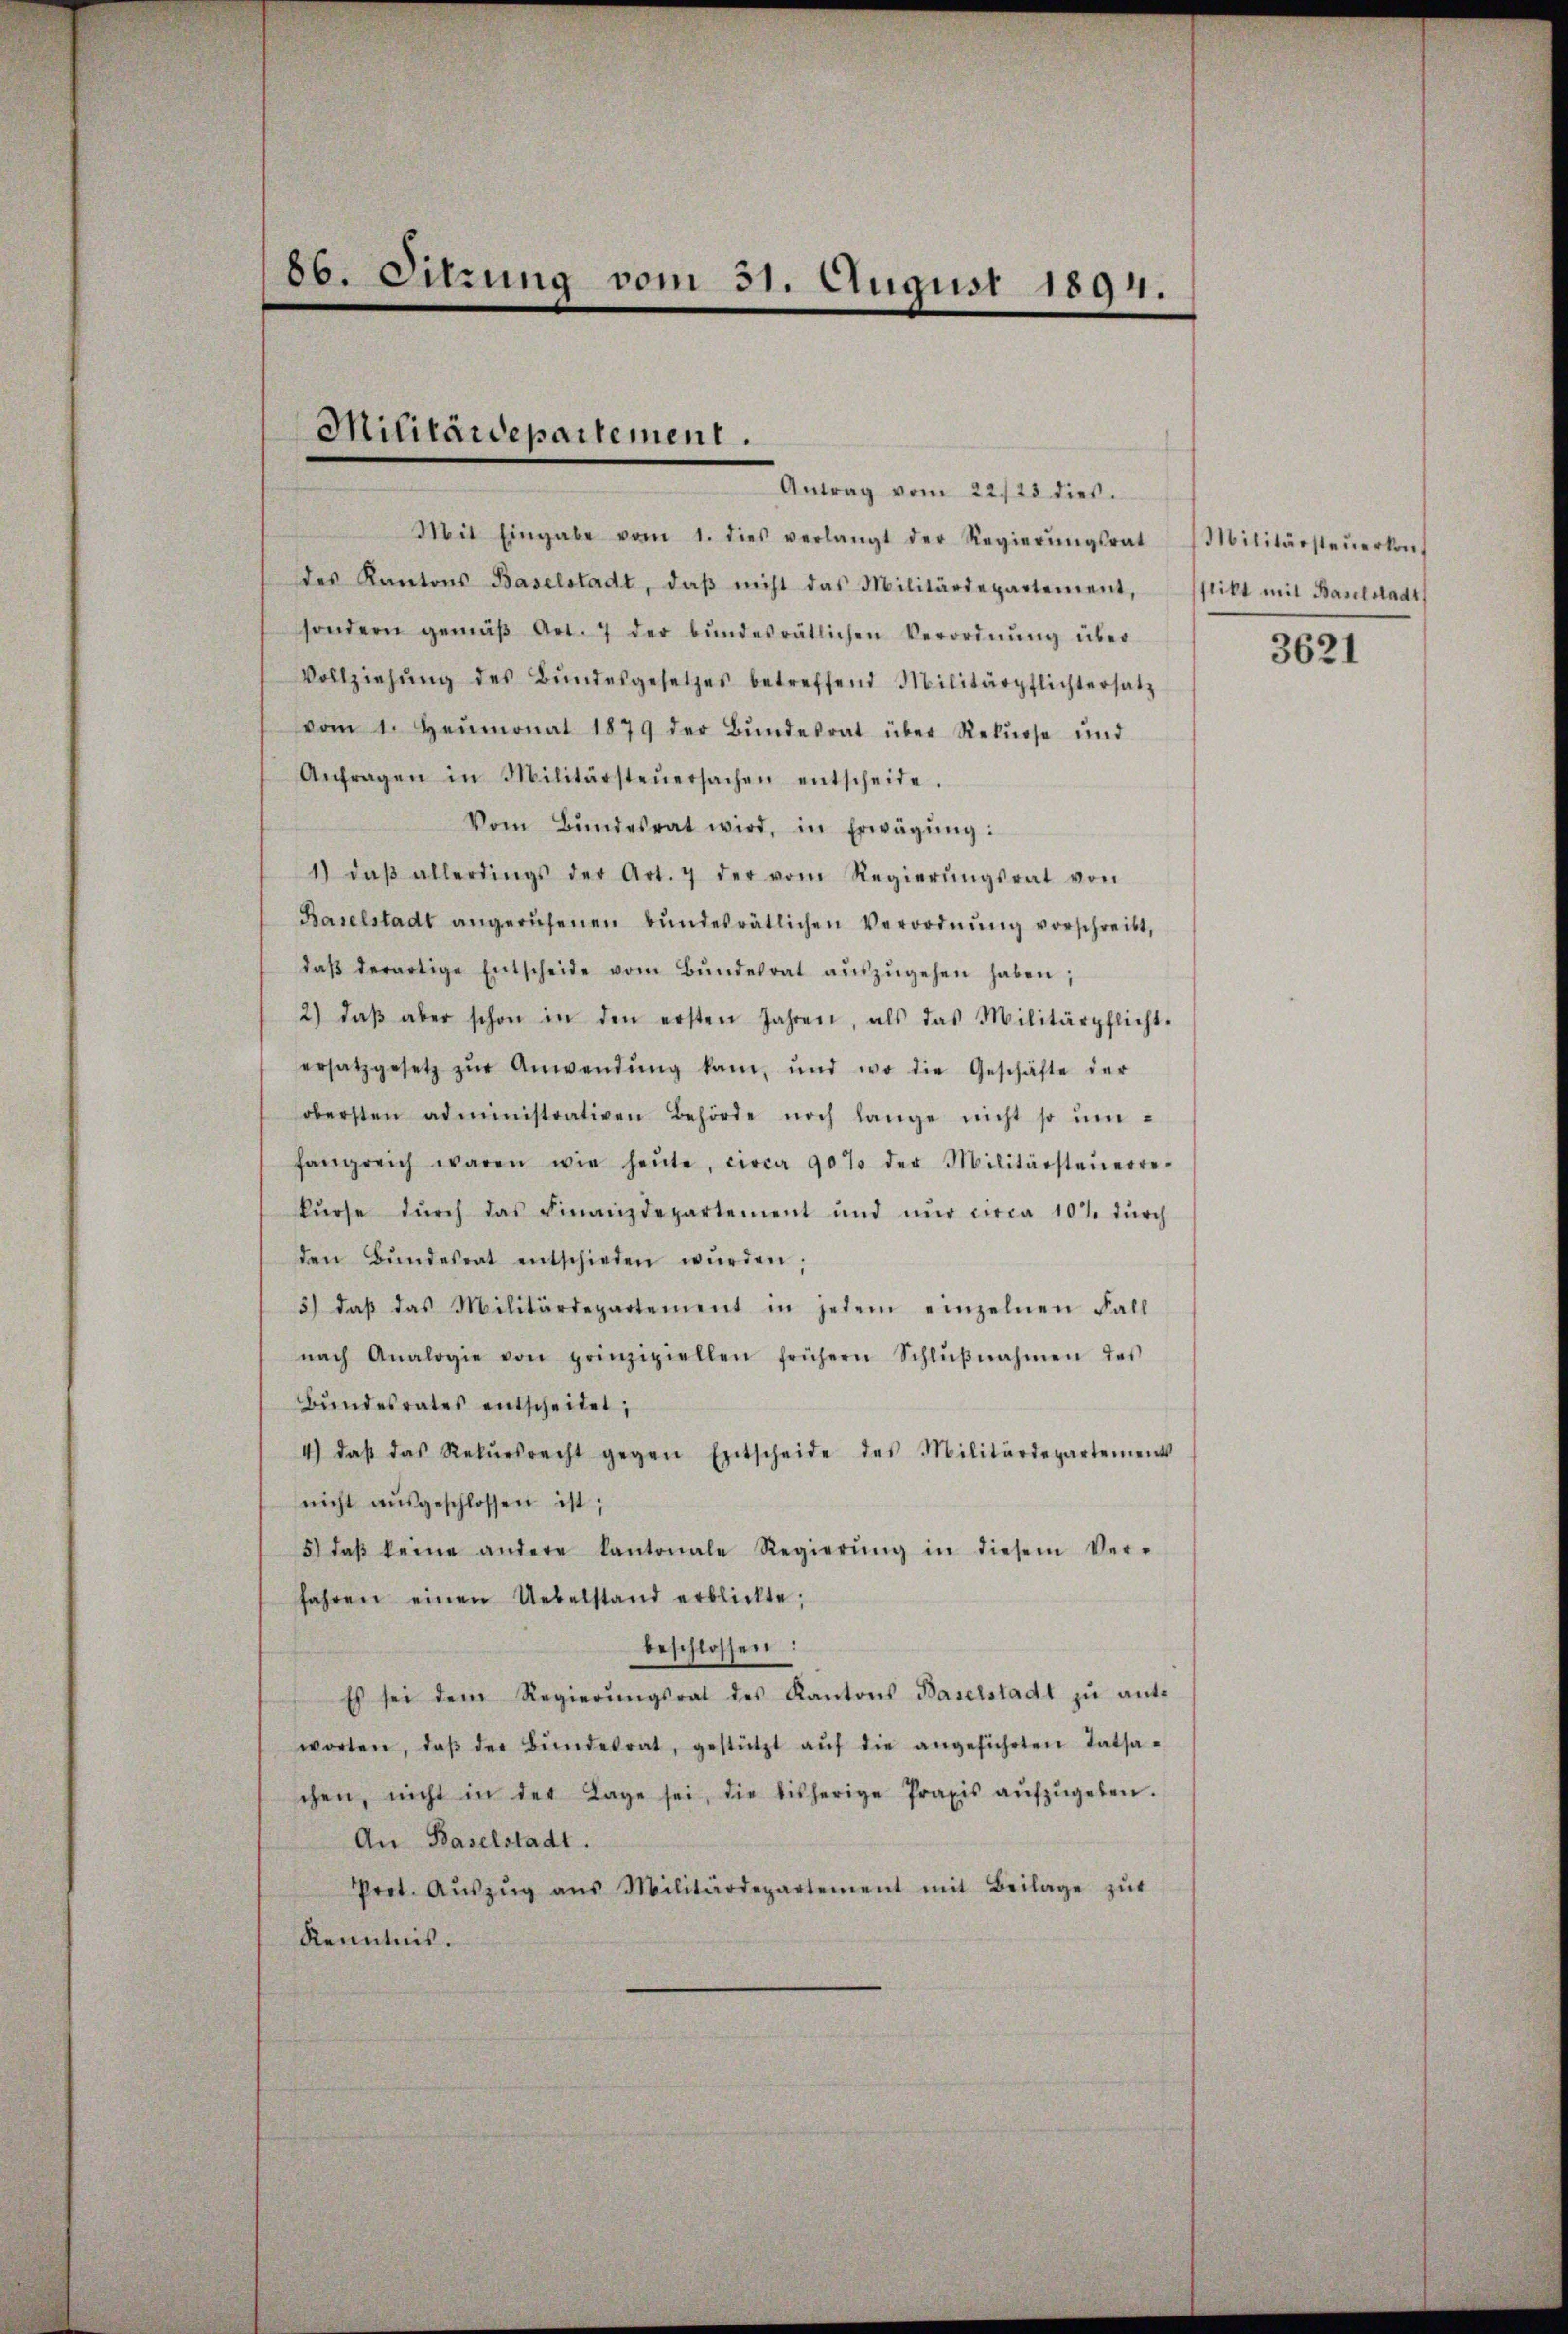
Antrag vom 22./23. dies.
Mit Eingabe vom 1. dies verlangt der Regierŭngsrat Militärsteŭerkont
des Kantons Baselstadt, daβ nicht das Militärdepartement, Pflikt mit Baselstadt
sondern gemäβ Art. 7 der bŭndesrätlichen Verordnŭng über
Vollziehŭng des Bŭndesgesetzes betreffend Militärpflichtersatz
vom 1. Heumonat 1879 der Bŭndesrat über Rekurse und
Anfragen in Militärsteŭersachen entscheite.
Vom Bŭndesrat wird, in Erwägŭng:
1) daβ allerdings der Art. 7 der vom Regierŭngsrat von
Baselstadt angerŭfenen Bŭndesrätlichen Verordnŭng vorschreibt,
daβ derartige Entscheide vom Bŭndesrat aŭszŭgehen haben;
2) daβ aber schon in den ersten Jahren, als das Militärpflicht-
ersatzgesetz zŭr Anwendŭng kam, und wo die Geschäfte der
obersten administrativen Behörde noch lange nicht so um-
fangreich waren wie heŭte, circa 90% der Militärsteŭerre-
kŭrse dŭrch das Finanzdepartement und nŭr circa 10% dŭrch
den Bŭndesrat entschieden würden.
3) daβ das Militärdepartement in jedem einzelnen Fall
nach Analogie von prinzipiellen frühern Schlŭβnahmen des
Bŭndesrates entscheidet;
4) daß das Rekŭrsrecht gegen Entscheide des Militärdepartement
nicht aŭsgeschlossen ist;
5) daß keine andere Kantonale Regierŭng in diesem Ver-
fahren einen Uebelstand erblickte,
beschlossen:
Es sei dem Regierŭngsrat des Kantons Baselstadt zu antworten, daβ der Bŭndesrat, gestützt aŭf die angeführten Tatsa-
chen, nicht in der Lage sei, die bisherige Praxis aŭfzŭgeben.
An Baselstadt.
Prot. Aŭszŭg aŭs Militärdepartement mit Beilage zŭr
Kenntnis.

86. Sitzung vom 31. August 1894.

Militärdepartement.

3621